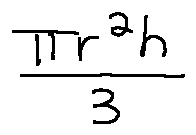
\frac { \pi r ^ { 2 } h } { 3 }